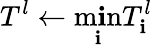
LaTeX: T^{l}\gets\operatorname*{m\mathbf{i}n}_{\mathbf{i}}T_{\mathbf{i}}^{l}